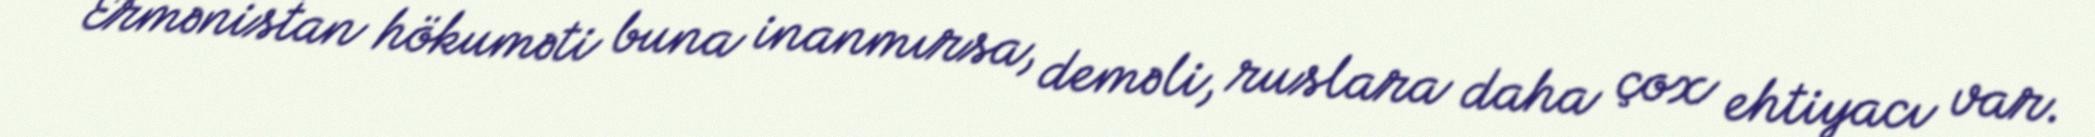
Ermənistan hökuməti buna inanmırsa, deməli, ruslara daha çox ehtiyacı var.